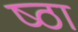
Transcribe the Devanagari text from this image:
ष्ठा